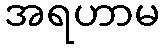
အရဟာမ